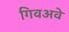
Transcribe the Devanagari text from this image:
गिवअवे